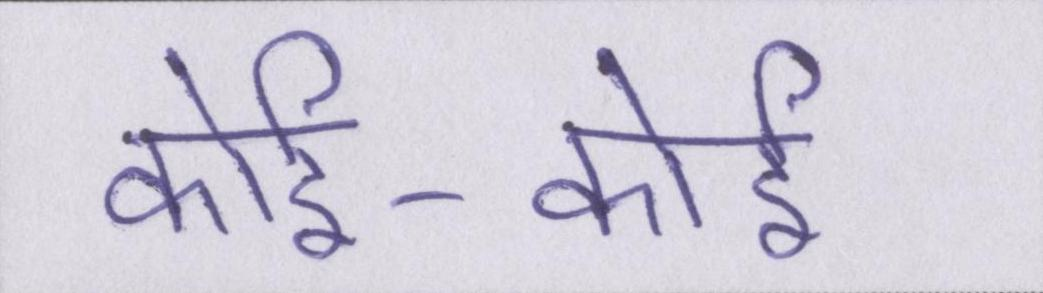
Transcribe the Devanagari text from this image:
कोई-कोई